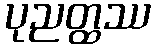
ပုညတ္ထဿ